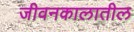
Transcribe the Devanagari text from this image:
जीवनकालातील